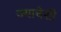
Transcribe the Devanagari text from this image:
ज्याचेशी